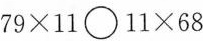
79×11〇11×68